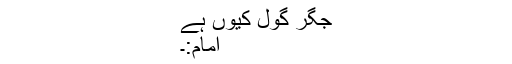
جگر گول کیوں ہے
امام:۔